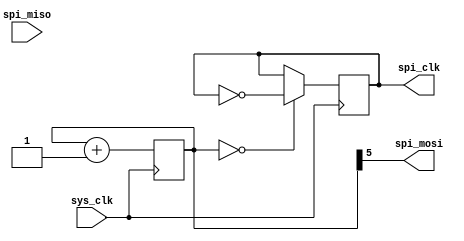
module timing_control_and_sync (
    input wire sys_clk,
    output wire spi_clk,
    output reg spi_mosi,
    input wire spi_miso
);

reg [7:0] counter;
reg spi_clk_divided;

always @(posedge sys_clk) begin
    counter <= counter + 1;
    if (counter == 3'b00) begin
        spi_clk_divided <= ~spi_clk_divided;
    end
end

assign spi_clk = spi_clk_divided;
assign spi_mosi = counter[5]; // Example logic for generating MOSI signal

endmodule